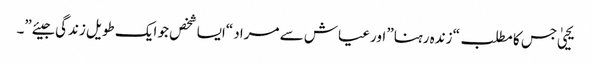
یحییٰ جس کا مطلب “زندہ رہنا” اور عیاش سے مراد “ایسا شخص جو ایک طویل زندگی جیئے”۔